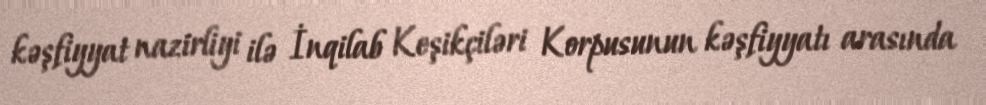
kəşfiyyat nazirliyi ilə İnqilab Keşikçiləri Korpusunun kəşfiyyatı arasında